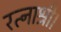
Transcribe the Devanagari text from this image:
रत्नाश्री।